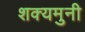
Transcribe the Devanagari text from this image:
शक्यमुनी